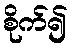
စိုက်၍